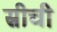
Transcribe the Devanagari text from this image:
स्रीची